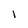
Character: l